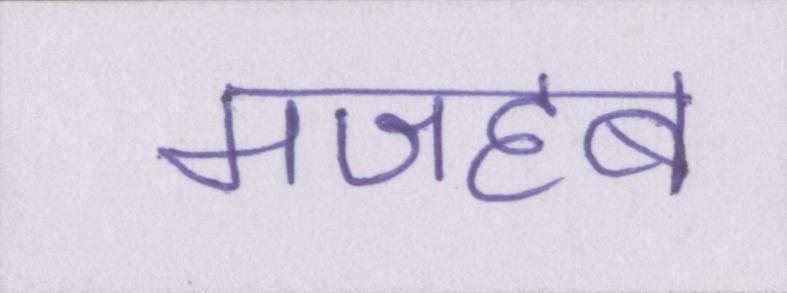
मजहब